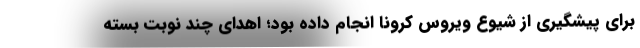
برای پیشگیری از شیوع ویروس کرونا انجام داده بود؛ اهدای چند نوبت بسته